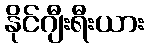
နိုင်ဂျီးရီးယား